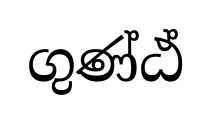
ගුණ්ඨ්